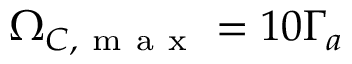
\Omega _ { C , \mathrm { ~ m ~ a ~ x ~ } } = 1 0 \Gamma _ { a }